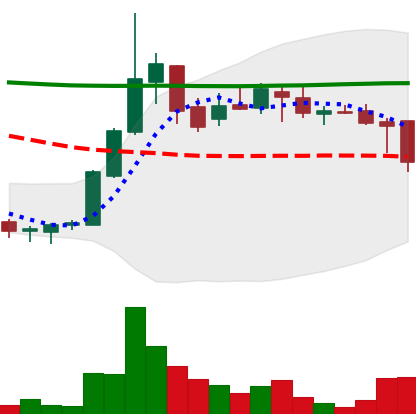
Ticker: DOGE-USD
Chart end date: 2018-07-31
Forward return: -3.667%
Label: down_3_5